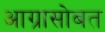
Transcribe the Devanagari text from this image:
आग्रासोबत